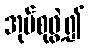
အုပ်စုဖွဲ့၍